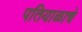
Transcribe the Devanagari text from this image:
पतियाळाचे